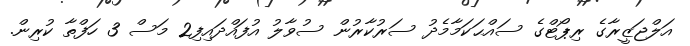
އަލްޖަޒީރާގެ ރިޕޯޓްގެ ސައްޙަކަމާމެދު ސަރުކާރުން ސުވާލު އުފައްދައިފި2 މަސް 3 ހަފްތާ ކުރިން.